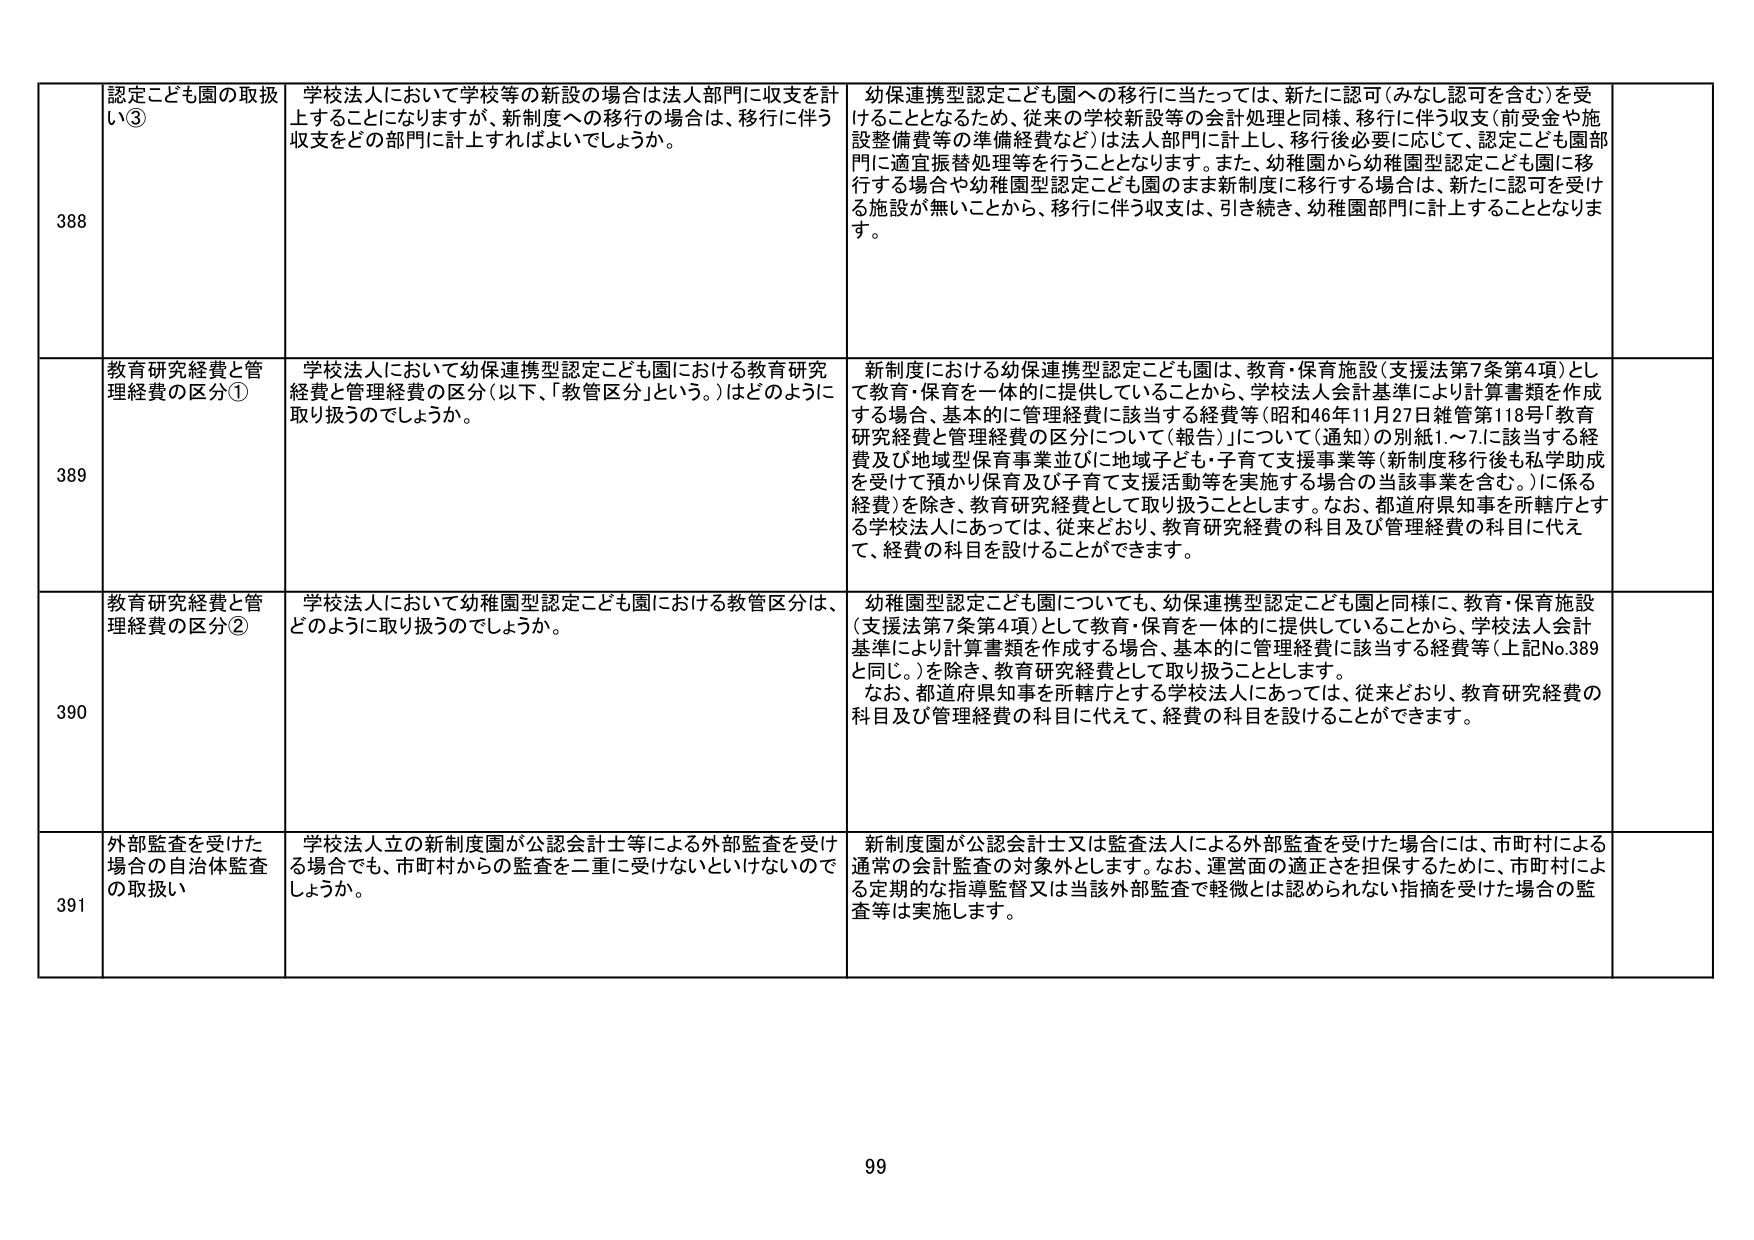
388 認定こども園の取扱い③ 学校法人において学校等の新設の場合は法人部門に収支を計上することになりますが、新制度への移行の場合は、移行に伴う収支をどの部門に計上すればよいでしょうか。 幼保連携型認定こども園への移行に当たっては、新たに認可（みなし認可を含む）を受けることとなるため、従来の学校新設等の会計処理と同様、移行に伴う収支（前受金や施設整備費等の準備経費など）は法人部門に計上し、移行後必要に応じて、認定こども園部門に適宜振替処理等を行うこととなります。また、幼稚園から幼稚園型認定こども園に移行する場合や幼稚園型認定こども園のまま新制度に移行する場合は、新たに認可を受け る施設が無いことから、移行に伴う収支は、引き続き、幼稚園部門に計上することとなります。

389 教育研究経費と管理経費の区分① 学校法人において幼保連携型認定こども園における教育研究経費と管理経費の区分（以下、「教管区分」という。）はどのように取り扱うのでしょうか。 新制度における幼保連携型認定こども園は、教育・保育施設（支援法第7条第4項）として教育・保育を一体的に提供していることから、学校法人会計基準により計算書類を作成する場合、基本的に管理経費に該当する経費等（昭和46年11月27日雑管第118号「教育研究経費と管理経費の区分について（報告）」について（通知）の別紙1.～7.に該当する経費及び地域型保育事業並びに地域子ども・子育て支援事業等（新制度移行後も私学助成を受けて預かり保育及び子育て支援活動等を実施する場合の当該事業を含む。）に係る経費）を除き、教育研究経費として取り扱うこととします。なお、都道府県知事を所轄庁とする学校法人にあっては、従来どおり、教育研究経費の科目及び管理経費の科目に代えて、経費の科目を設けることができます。

390 教育研究経費と管理経費の区分② 学校法人において幼稚園型認定こども園における教管区分は、どのように取り扱うのでしょうか。 幼稚園型認定こども園についても、幼保連携型認定こども園と同様に、教育・保育施設（支援法第7条第4項）として教育・保育を一体的に提供していることから、学校法人会計基準により計算書類を作成する場合、基本的に管理経費に該当する経費等（上記No.389と同じ。）を除き、教育研究経費として取り扱うこととします。 なお、都道府県知事を所轄庁とする学校法人にあっては、従来どおり、教育研究経費の科目及び管理経費の科目に代えて、経費の科目を設けることができます。

391 外部監査を受けた場合の自治体監査の取扱い 学校法人立の新制度園が公認会計士等による外部監査を受ける場合でも、市町村からの監査を二重に受けないといけないのでしょうか。 新制度園が公認会計士又は監査法人による外部監査を受けた場合には、市町村による通常の会計監査の対象外とします。なお、運営面の適正さを担保するために、市町村による定期的な指導監督又は当該外部監査で軽微とは認められない指摘を受けた場合の監査等は実施します。

99